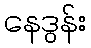
နေဒွန်း